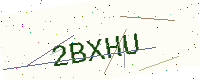
Text: 2BXHU